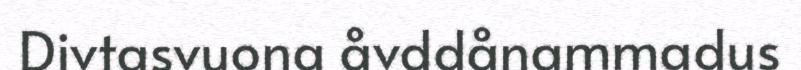
Divtasvuona åvddånammadus